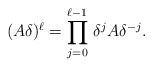
\begin{align*}(A\delta)^{\ell}= \prod_{j=0}^{\ell-1}\, \delta^{j} A\delta^{-j}.\end{align*}